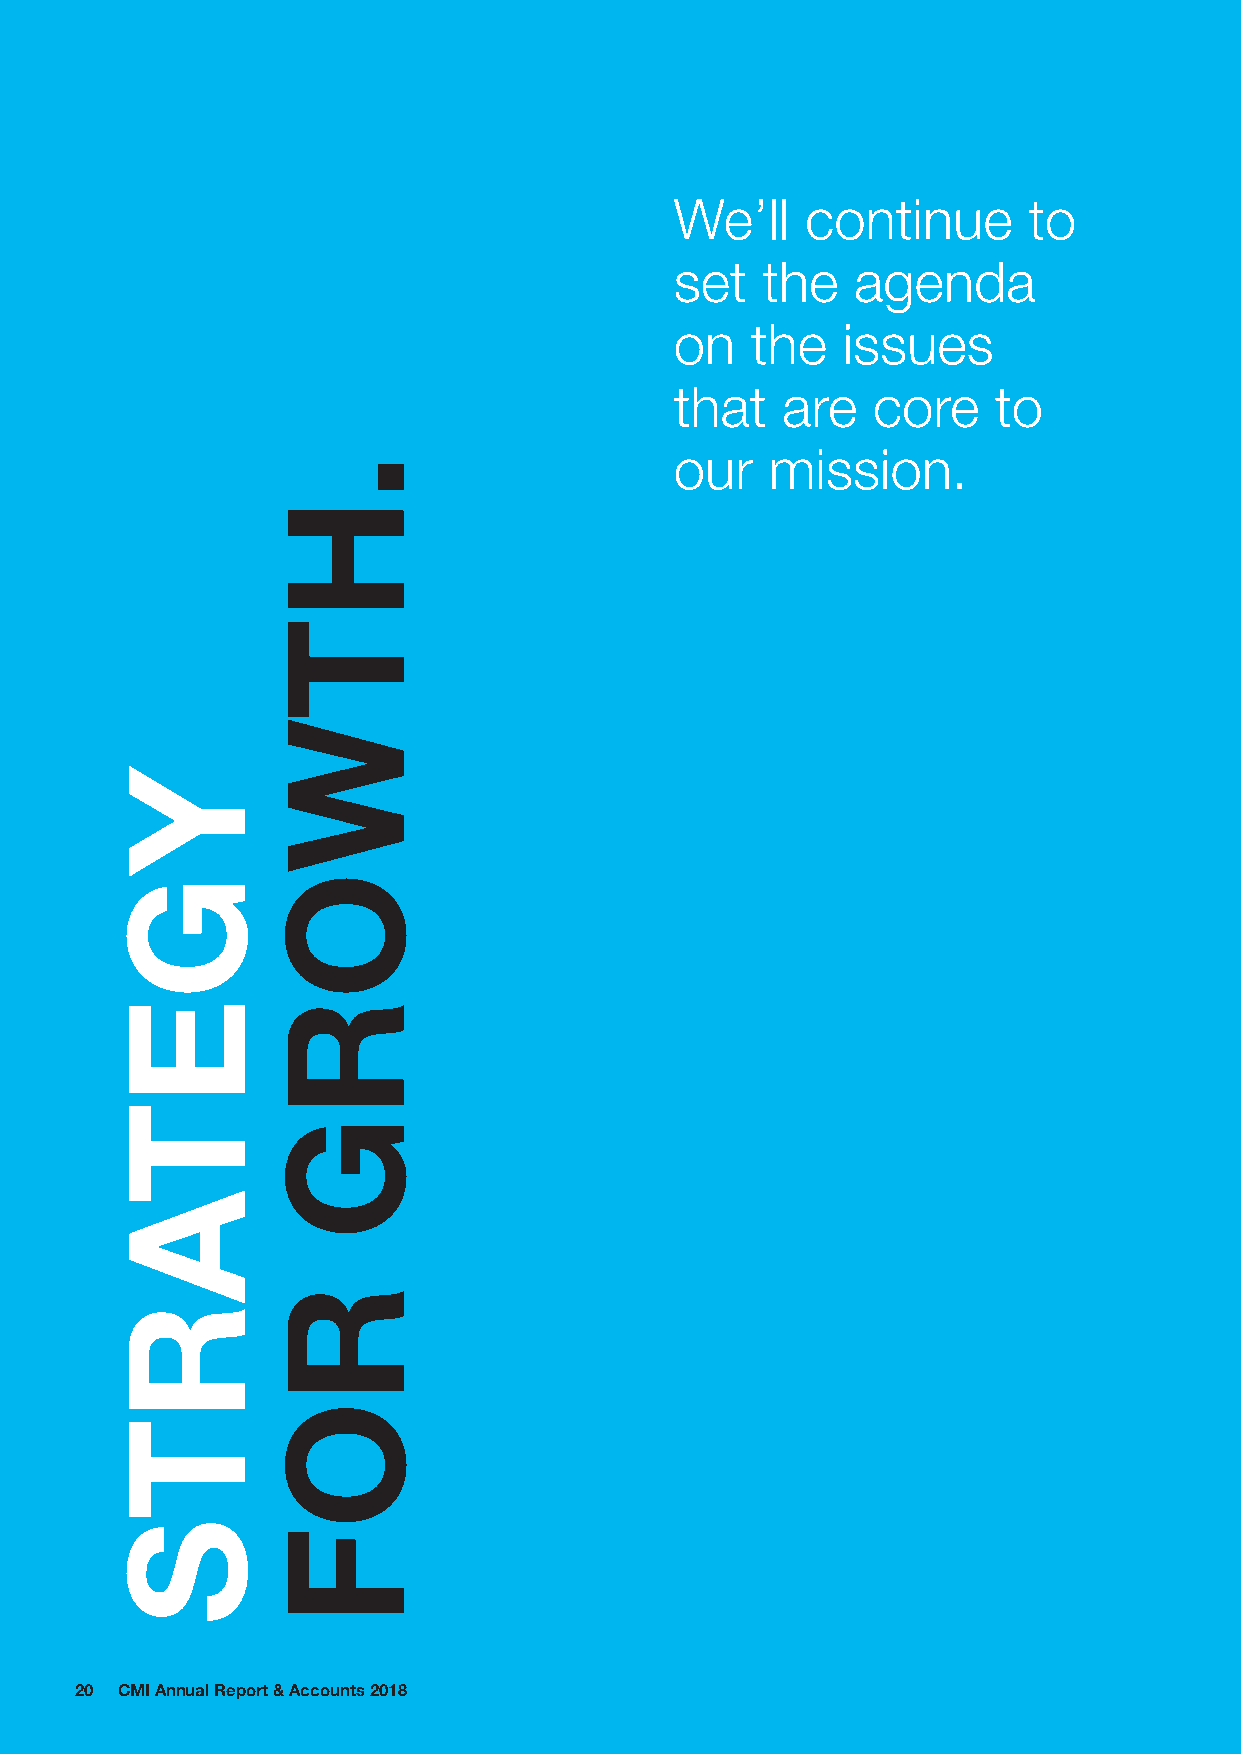
We’ll   continue       to
 set  the    agenda
 on   the   issues
 that   are   core    to
 our   mission.
 20 CMI Annual Report & Accounts 2018
 YGETARTS
 .HTWORG
 ROF